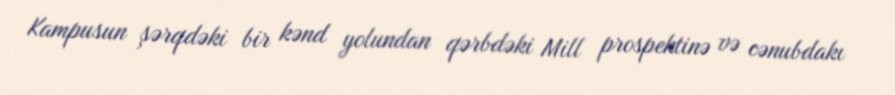
Kampusun şərqdəki bir kənd yolundan qərbdəki Mill prospektinə və cənubdakı